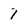
Character: 7